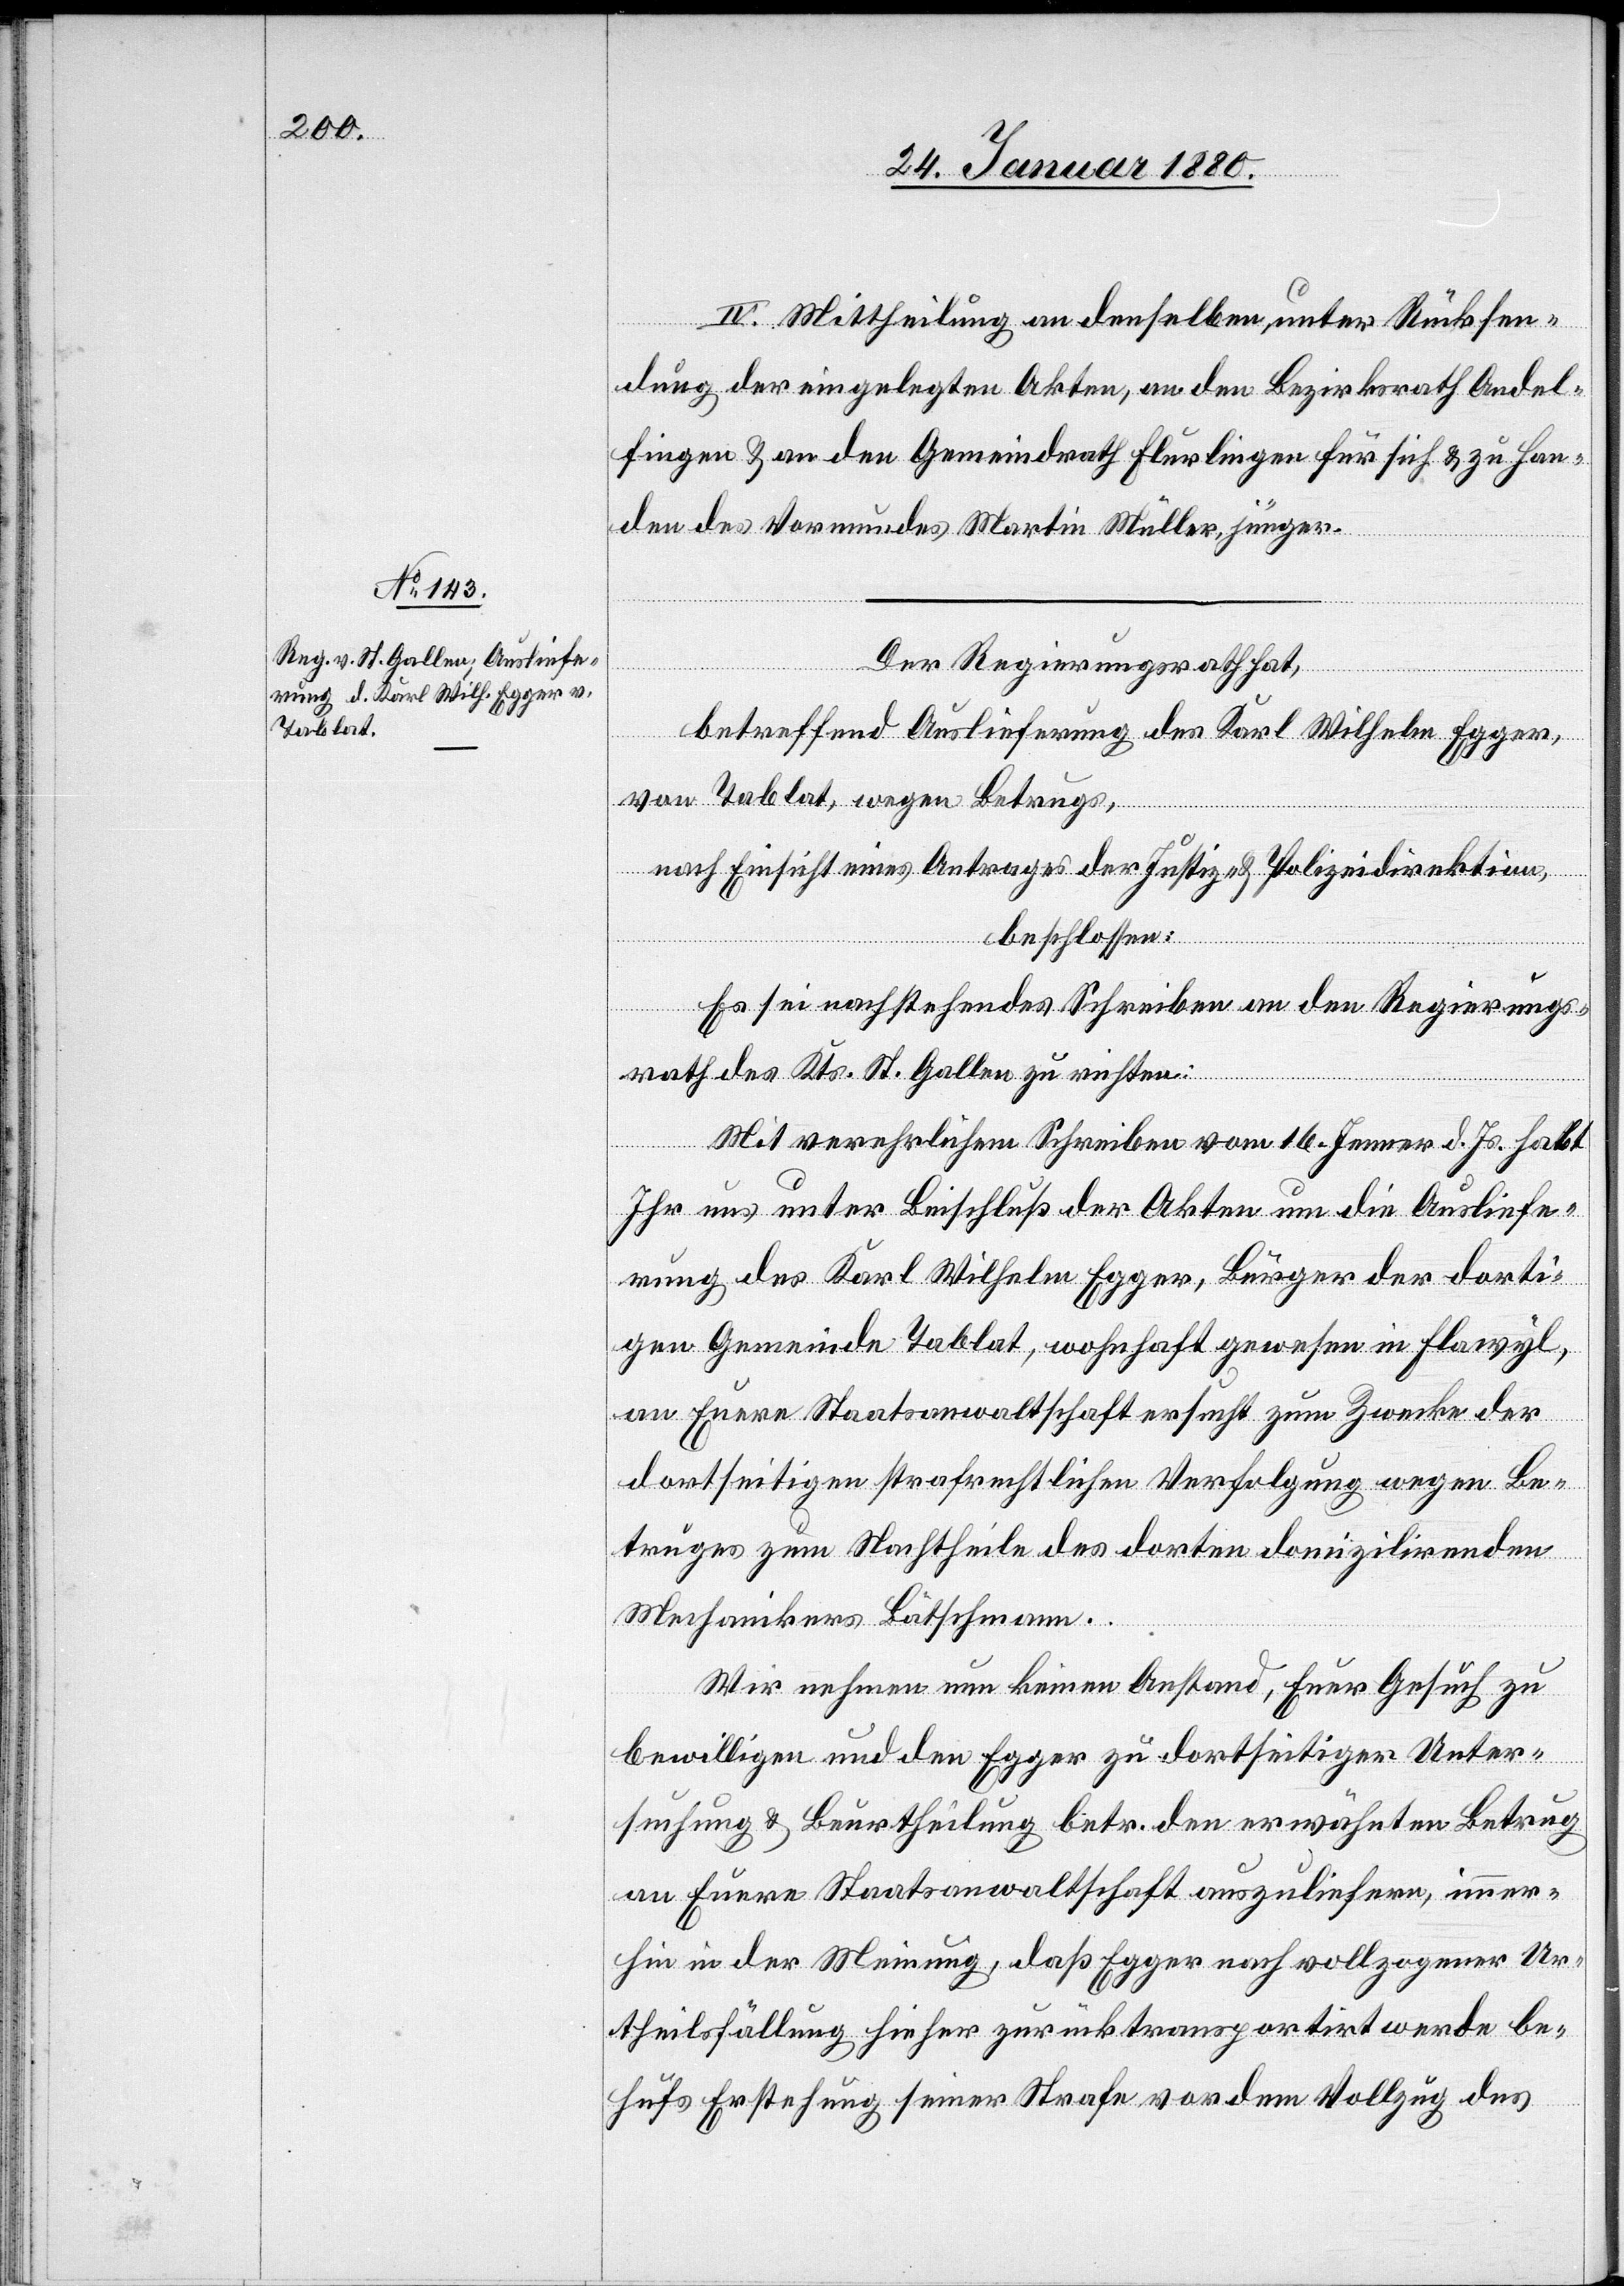
IV. Mittheilung an denselben, unter Rücksen¬
dung der eingelegten Akten, an den Bezirksrath Andel¬
fingen & an den Gemeindrath Flurlingen für sich & zu Han¬
den des Vormundes Martin Müller, jünger.
Der Regierungsrath hat,
betreffend Auslieferung des Karl Wilhelm Egger,
von Tablat, wegen Betrugs,
nach Einsicht eines Antrages der Justiz- & Polizeidirektion,
beschlossen:
Es sei nachstehendes Schreiben an den Regierungs¬
rath des Kts. St. Gallen zu richten:
Mit verehrlichem Schreiben vom 16. Jenner d. Js. habt
Ihr uns unter Beischluß der Akten um die Ausliefe¬
rung des Karl Wilhelm Egger, Bürger der dorti¬
gen Gemeinde Tablat, wohnhaft gewesen in Flawyl,
an Eure Staatsanwaltschaft ersucht zum Zwecke der
dortseitigen strafrechtlichen Verfolgung wegen Be¬
truges zum Nachtheile des dorten domizilirenden
Mechanikers Bätschmann.
Wir nehmen nun keinen Anstand, Euer Gesuch zu
bewilligen und den Egger zu dortseitiger Unter¬
suchung & Beurtheilung betr. den erwähnten Betrug
an Eure Staatsanwaltschaft auszuliefern, immer¬
hin in der Meinung, daß Egger nach vollzogener Ur¬
theilsfindung hieher zurücktransportirt werde be¬
hufs Erstehung seiner Strafe, vor dem Vollzug des